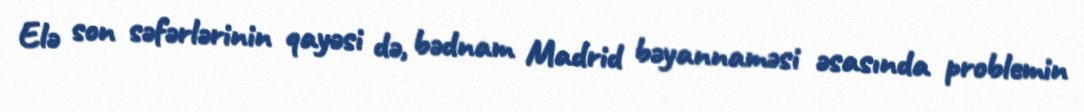
Elə son səfərlərinin qayəsi də, bədnam Madrid bəyannaməsi əsasında problemin